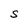
Character: S